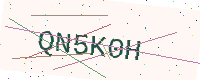
Text: QN5K0H